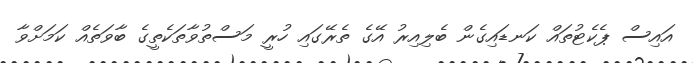
އައިސް ޕެކެޓުތައް ކަނޑައިގެން ބެލިއިރު އޭގެ ތެރޭގައި ހުރީ މަސްތުވާތަކެތީގެ ބާވަތެއް ކަމަށްވާ